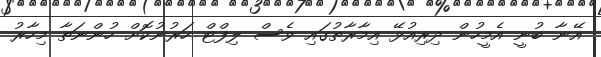
އޭނާ ބުނީ އެމީހުން ދިރިއުޅޭ އިމާރާތުގައި ވެސް ލިފްޓް ހަރުނުކޮށް ހުންނަތާ މިހާރު